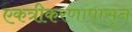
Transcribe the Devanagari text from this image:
एकत्रीकरणापासून